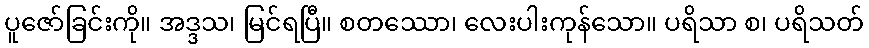
ပူဇော်ခြင်းကို။ အဒ္ဒသ၊ မြင်ရပြီ။ စတဿော၊ လေးပါးကုန်သော။ ပရိသာ စ၊ ပရိသတ်